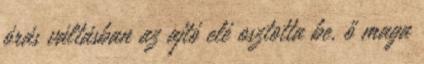
órás váltásban az ajtó elé osztotta be, ő maga